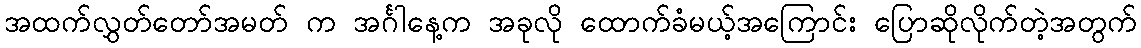
အထက်လွှတ်တော်အမတ် က အင်္ဂါနေ့က အခုလို ထောက်ခံမယ့်အကြောင်း ပြောဆိုလိုက်တဲ့အတွက်